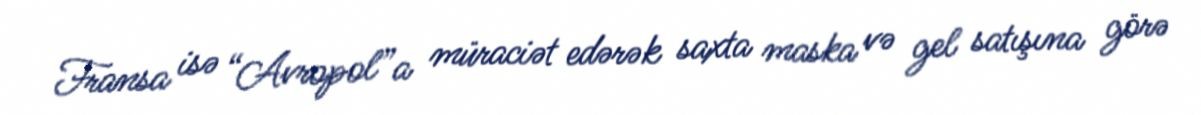
Fransa isə “Avropol”a müraciət edərək saxta maska və gel satışına görə